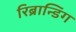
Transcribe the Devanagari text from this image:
रिब्रान्डिंग